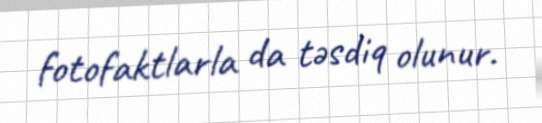
fotofaktlarla da təsdiq olunur.